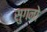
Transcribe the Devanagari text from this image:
सुगनो